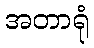
အတာရုံ